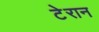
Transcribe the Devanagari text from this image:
टेरान